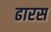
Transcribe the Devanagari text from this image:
ढारस